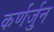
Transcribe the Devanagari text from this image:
कर्णर्जुन